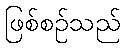
ဖြစ်စဉ်သည်